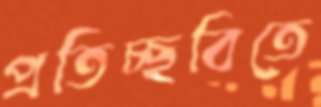
প্রতিচ্ছবিতে